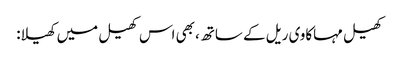
کھیل مہاکاوی ریل کے ساتھ، بھی اس کھیل میں کھیلا: